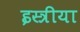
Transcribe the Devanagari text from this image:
इस्त्रीया